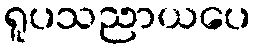
ရူပသညာယပေ